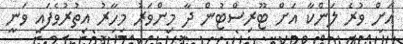
އަށް ވުރެ ލަންކާ އަށް ޓޫރިސްޓުން ދާ މިންވަރު މިހާރު އިތުރުވެފައި ވަނީ